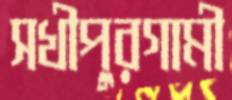
সখীপুরগামী